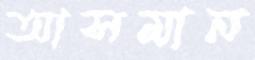
আসমান